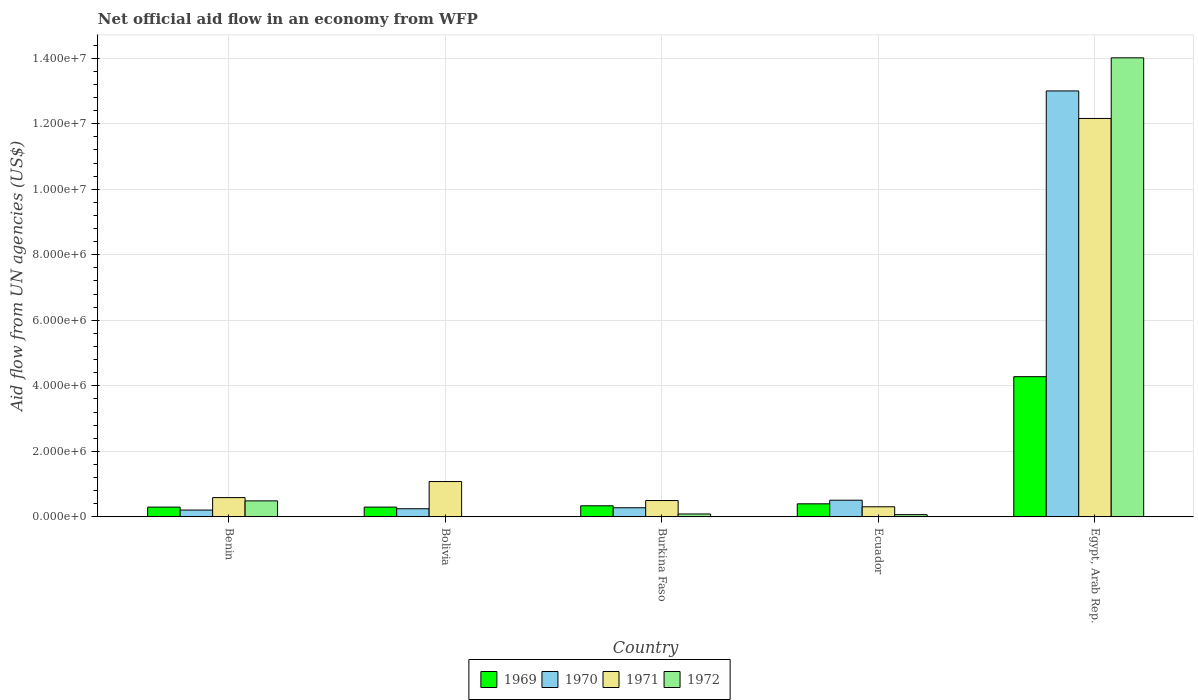
| Country | 1969 | 1970 | 1971 | 1972 |
 | --- | --- | --- | --- | --- |
 | Benin | 3e+05 | 2.1e+05 | 5.9e+05 | 4.9e+05 |
 | Bolivia | 3e+05 | 2.5e+05 | 1.08e+06 | -6.3e+05 |
 | Burkina Faso | 3.4e+05 | 2.8e+05 | 5e+05 | 9e+04 |
 | Ecuador | 4e+05 | 5.1e+05 | 3.1e+05 | 7e+04 |
 | Egypt, Arab Rep. | 4.28e+06 | 1.3e+07 | 1.22e+07 | 1.4e+07 |